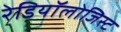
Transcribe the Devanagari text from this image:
रेडियॉलोजिस्ट